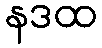
နဒထ